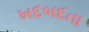
ખદબદતા